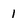
Character: l